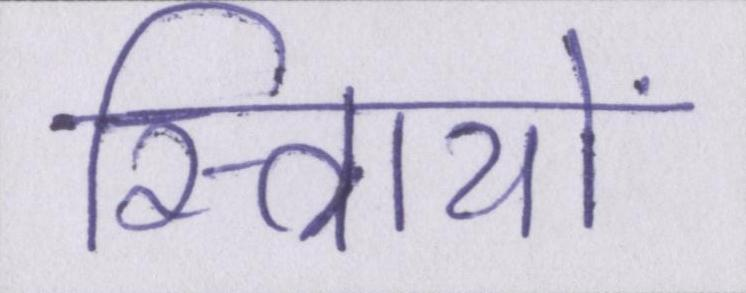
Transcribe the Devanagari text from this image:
स्त्रिायों